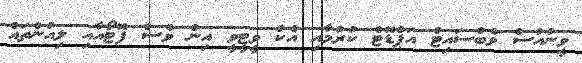
ވީނުއުސް ވެބްސައިޓް އަޕްޑޭޓް ކުރުމާއި އެކު ވީޓީވީ އިން ވެސް ފޮޓޯއާއި ލިއުންތައް